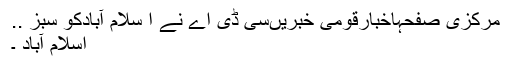
مرکزی صفحہاخبارقومی خبریںسی ڈی اے نے ا سلام آبادکو سبز ..
اسلام آباد ۔